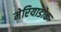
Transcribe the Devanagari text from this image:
मेरियाडोक